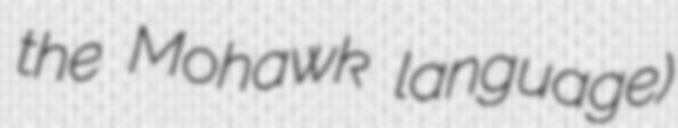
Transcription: the Mohawk language)